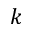
k